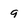
Character: 9